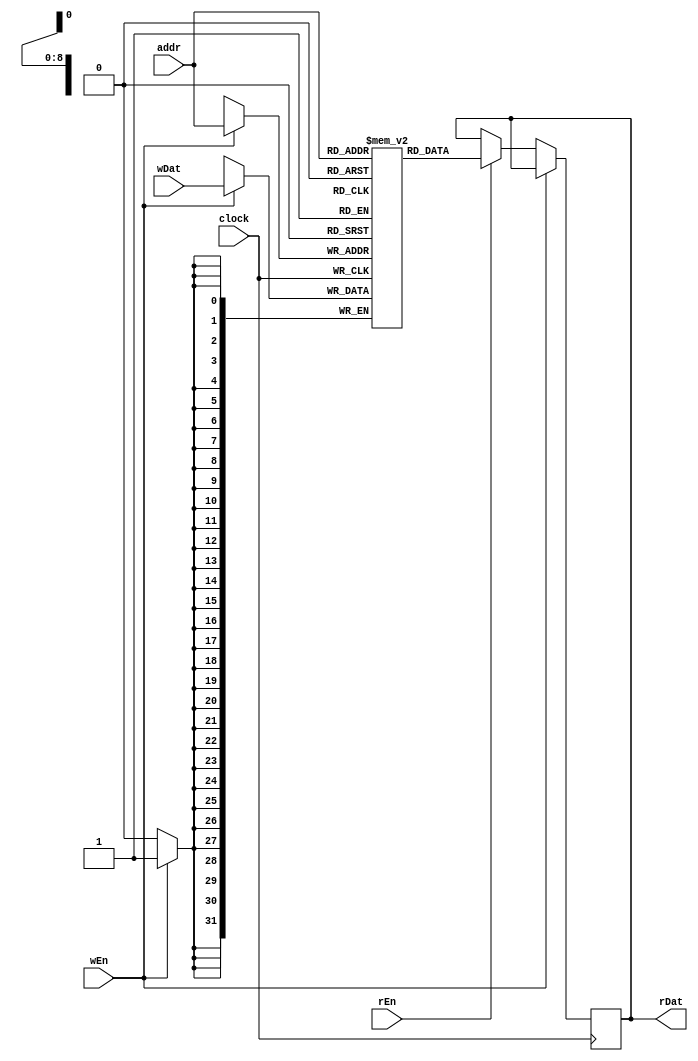
//? ram.v//
/* wr ? wdata 
? addr ? rd ?? addr ?
? rdata ??*/
module ram(
input wire clock, // Clock
input wire[8:0] addr, // Read/write address
input wire wEn, // Write enable
input wire[31:0] wDat, // Write data
input wire rEn, // Read enable
output reg[31:0] rDat = 0 // Read data
);

reg[31:0] mem[512-1:0]; // Actual storage

always@(posedge clock)begin
    if(wEn)begin
        mem[addr] <= wDat;  //write data to memory
    end
    else if(rEn)begin
        rDat <= mem[addr];  //read data from memory
    end
end

endmodule